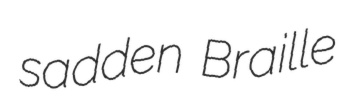
sadden Braille